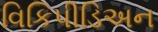
વિકિપીડિઅન